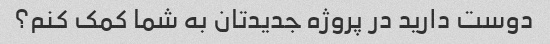
دوست دارید در پروژه جدیدتان به شما کمک کنم؟